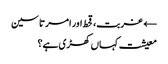
← غربت، قحط اور امرتا سین
معیشت کہاں کھڑی ہے؟